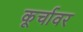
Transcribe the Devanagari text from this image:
कूर्चावर